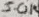
Text: 50K